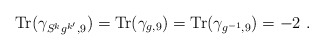
\begin{align*}{\mbox{Tr}}(\gamma_{S^k g^{k^\prime},9})={\mbox{Tr}}(\gamma_{g,9})={\mbox{Tr}}(\gamma_{g^{-1},9})=-2~.\end{align*}